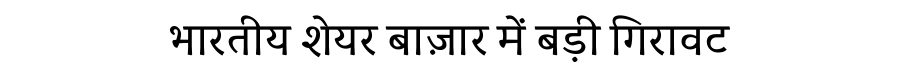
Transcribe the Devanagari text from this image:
भारतीय शेयर बाज़ार में बड़ी गिरावट